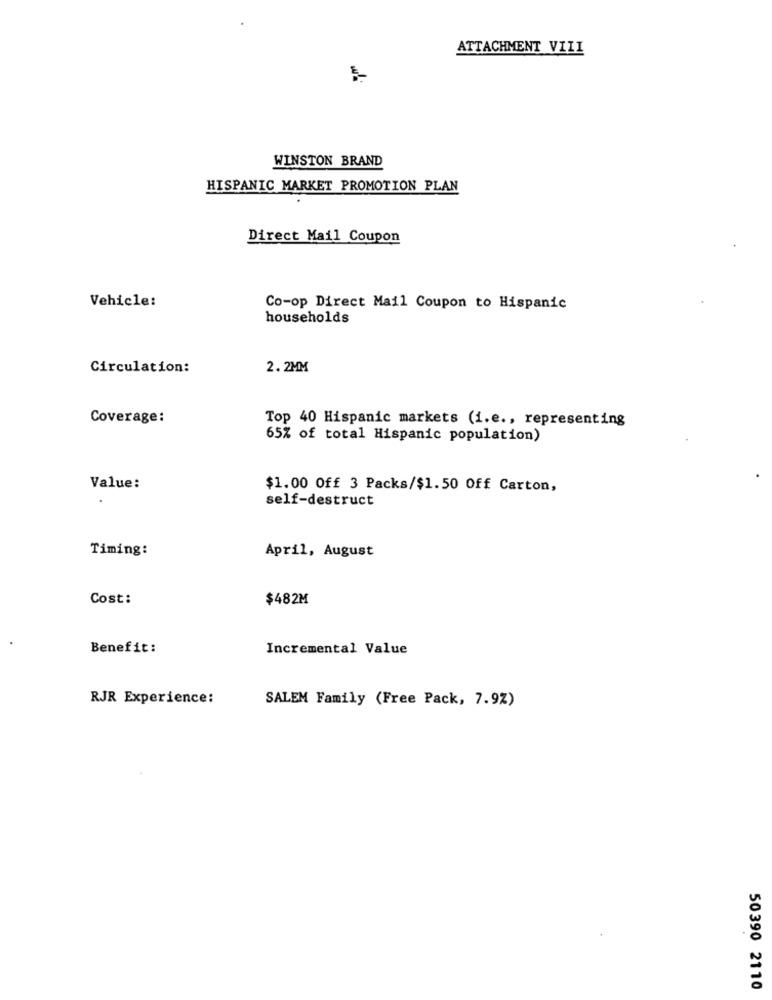
ATTACHMENT VIII
WINSTON BRAND
HISPANIC MARKET PROMOTION PLAN
Direct Mail Coupon
Vehicle:
Co-op Direct Mail Coupon to Hispanic
households
Circulation:
2. 2MM
Coverage:
Top 40 Hispanic markets (i.e ., representing
65% of total Hispanic population)
Value:
$1.00 Off 3 Packs/$1.50 Off Carton,
self-destruct
Timing:
April, August
Cost:
$482M
Benefit:
Incremental Value
RJR Experience:
SALEM Family (Free Pack, 7.9%)
50390 2110